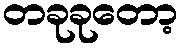
တခုခုတော့